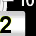
Digit: 2